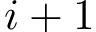
i + 1